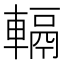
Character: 𨍮